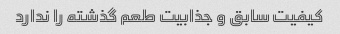
کیفیت سابق و جذابیت طعم گذشته را ندارد